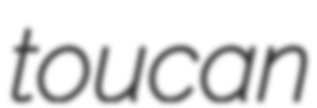
toucan